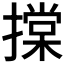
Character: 𢴤